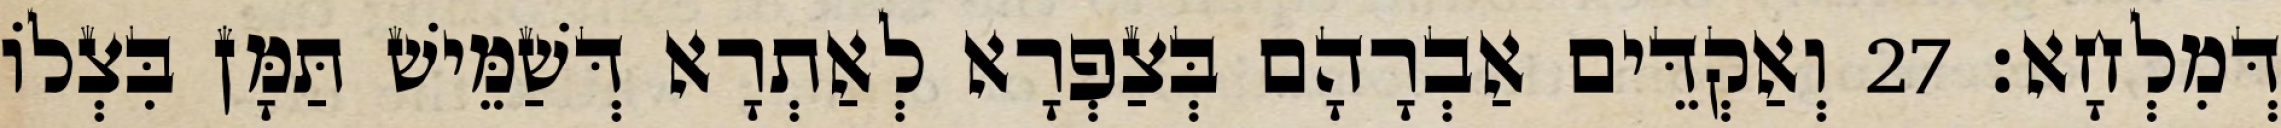
דְּמִלְחָא׃ 27 וְאַקְדֵּים אַבְרָהָם בְּצַפְרָא לְאַתְרָא דְּשַׁמֵּישׁ תַּמָּן בִּצְלוֹ